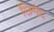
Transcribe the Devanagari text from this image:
छिमेद